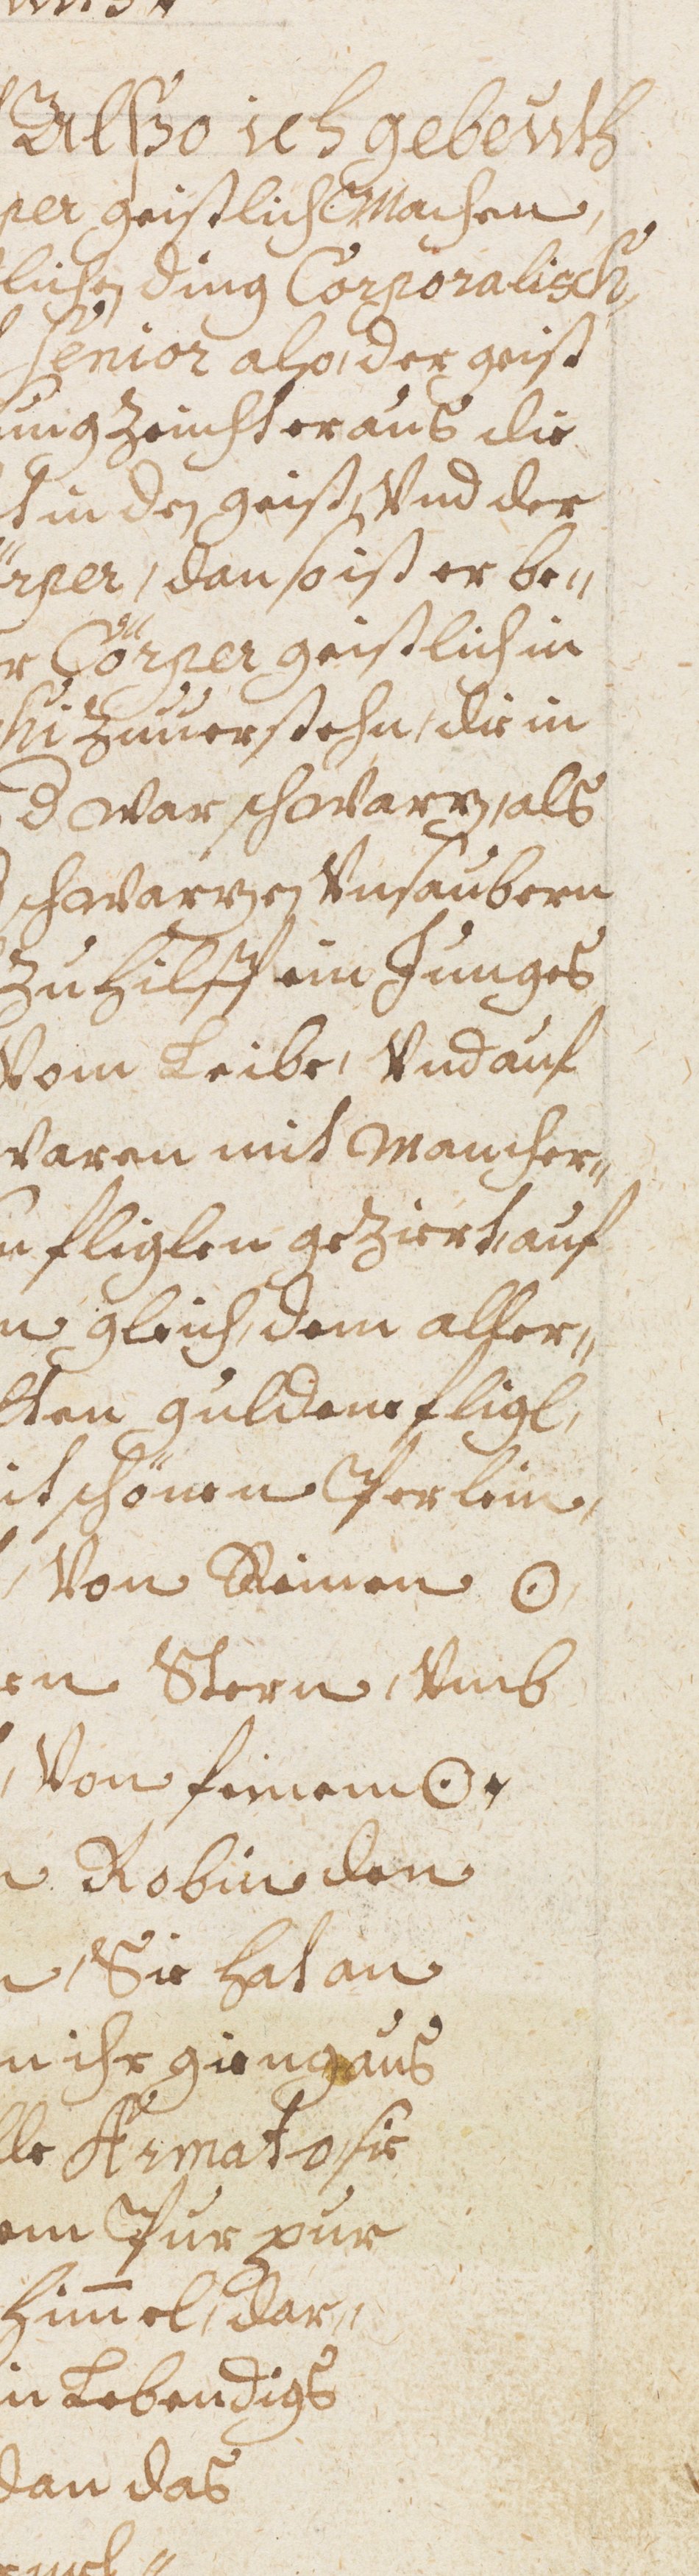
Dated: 1598–1699